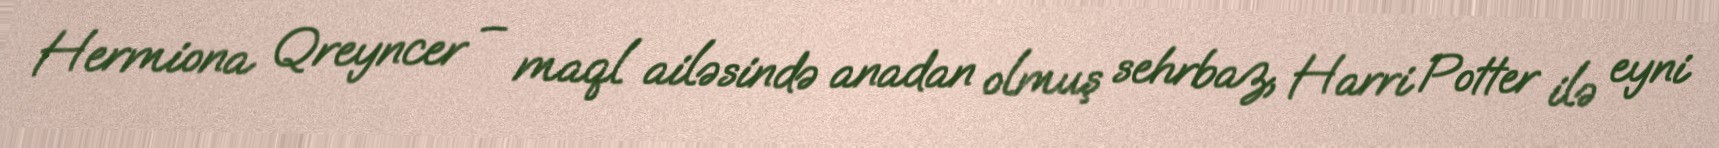
Hermiona Qreyncer – maql ailəsində anadan olmuş sehrbaz, Harri Potter ilə eyni